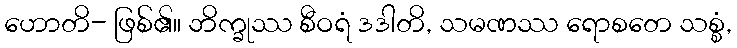
ဟောတိ- ဖြစ်၏။ ဘိက္ခုဿ စီဝရံ ဒဒါတိ, သမဏဿ ရောစတေ သစ္စံ,